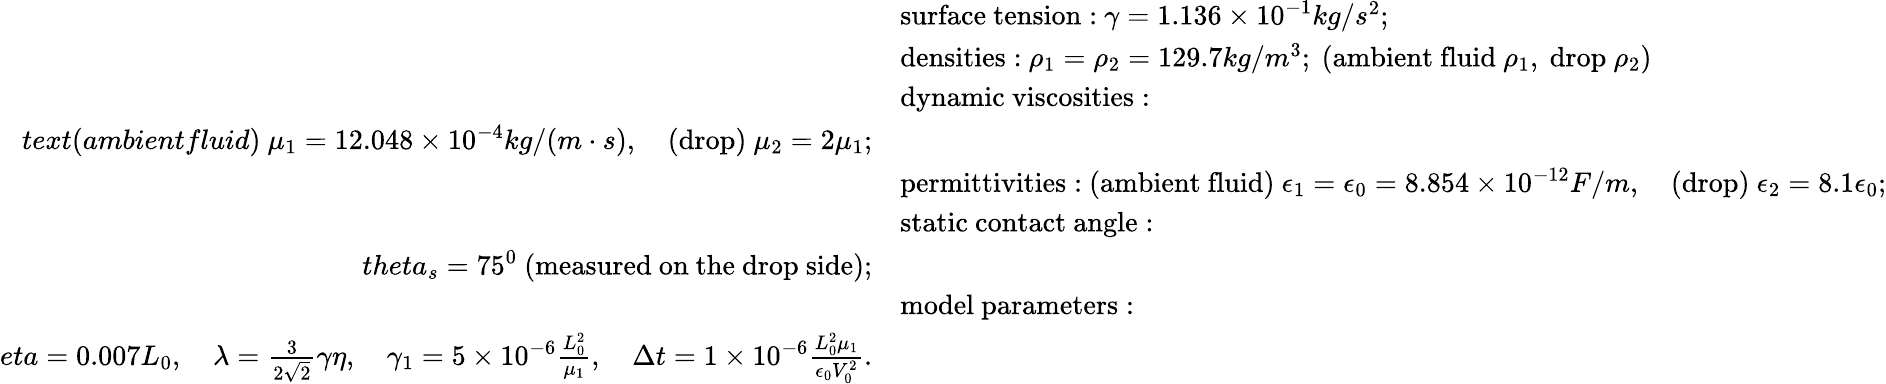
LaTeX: \begin{array}{rl}&{\mathrm{surface~tension:}\ \gamma=1.136\times 10^{-1}kg/s^{2};}\\ &{\mathrm{densities:}\ \rho_{1}=\rho_{2}=129.7kg/m^{3};\ (\mathrm{ambient~fluid}\ \rho_{1},\ \mathrm{drop}\ \rho_{2})}\\ &{\mathrm{dynamic~viscosities:}}\\ {text{(ambientfluid)}\ \mu_{1}=12.048\times 10^{-4}kg/(m\cdot s),\quad\mathrm{(drop)}\ \mu_{2}=2\mu_{1};}\\ &{\mathrm{permittivities:}\ \mathrm{(ambient~fluid)}\ \epsilon_{1}=\epsilon_{0}=8.854\times 10^{-12}F/m,\quad\mathrm{(drop)}\ \epsilon_{2}=8.1\epsilon_{0};}\\ &{\mathrm{static~contact~angle:}}\\ {theta_{s}=75^{0}\ \mathrm{(measured~on~the~drop~side)};}\\ &{\mathrm{model~parameters:}}\\ {eta=0.007L_{0},\quad\lambda=\frac{3}{2\sqrt{2}}\gamma\eta,\quad\gamma_{1}=5\times 10^{-6}\frac{L_{0}^{2}}{\mu_{1}},\quad\Delta t=1\times 10^{-6}\frac{L_{0}^{2}\mu_{1}}{\epsilon_{0}V_{0}^{2}}.}\end{array}